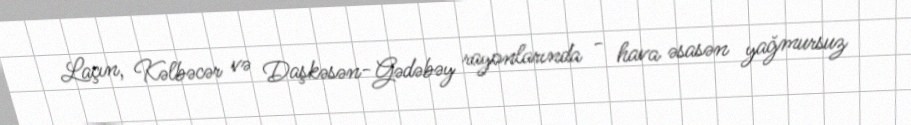
Laçın, Kəlbəcər və Daşkəsən-Gədəbəy rayonlarında - hava əsasən yağmursuz